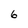
Character: 6